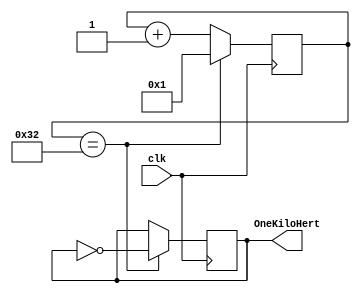
module OneKilohertTimer(input clk, output reg OneKiloHert=0);
    reg [15:0] count=0;         //2^16 =  ~= 50,000
    always@(posedge(clk)) begin
        if(count==50)begin     //!Board count == 50_000! 
            count=0;            //Use half of period (100E6) since using posedge
            OneKiloHert=~OneKiloHert;
            count = count + 1;
        end 
        else begin
            count = count + 1;
        end
    end
endmodule